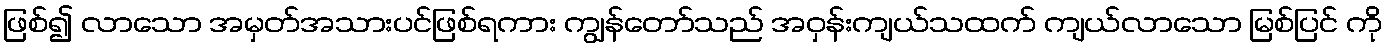
ဖြစ်၍ လာသော အမှတ်အသားပင်ဖြစ်ရကား ကျွန်တော်သည် အဝှန်းကျယ်သထက် ကျယ်လာသော မြစ်ပြင် ကို